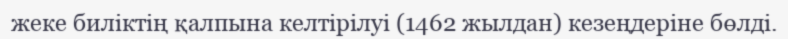
жеке биліктің қалпына келтірілуі (1462 жылдан) кезеңдеріне бөлді.